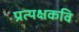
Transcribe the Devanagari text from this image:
प्रत्यक्षकवि